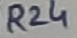
Text: R24